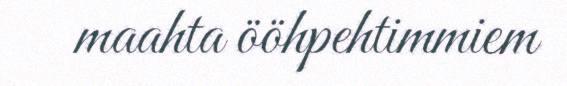
maahta ööhpehtimmiem